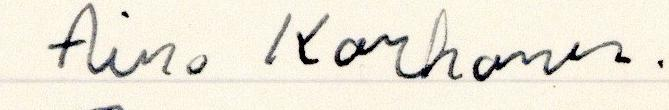
Aino Korhonen